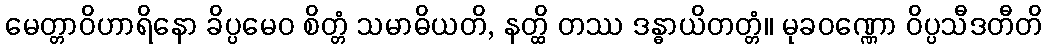
မေတ္တာဝိဟာရိနော ခိပ္ပမေဝ စိတ္တံ သမာဓိယတိ, နတ္ထိ တဿ ဒန္ဓာယိတတ္တံ။ မုခဝဏ္ဏော ဝိပ္ပသီဒတီတိ